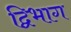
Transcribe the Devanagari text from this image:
द्विभाग